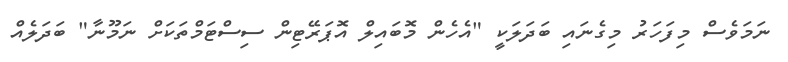
ނަމަވެސް މިފަހަރު މިގެނައި ބަދަލަކީ "އެހެން މޮބައިލް އޮޕަރޭޓިން ސިސްޓަމްތަކަށް ނަމޫނާ" ބަދަލެއް